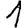
Digit: 1